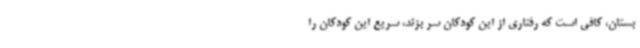
بستان، کافی است که رفتاری از این کودکان سر بزند، سریع این کودکان را